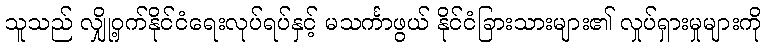
သူသည် လျှို့ဝှက်နိုင်ငံရေးလုပ်ရပ်နှင့် မသင်္ကာဖွယ် နိုင်ငံခြားသားများ၏ လှုပ်ရှားမှုများကို